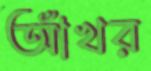
আঁখর